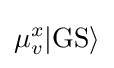
\mu _{v}^{x}|\mathrm {GS} \rangle